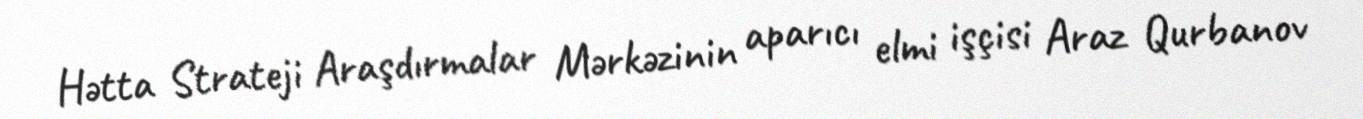
Hətta Strateji Araşdırmalar Mərkəzinin aparıcı elmi işçisi Araz Qurbanov